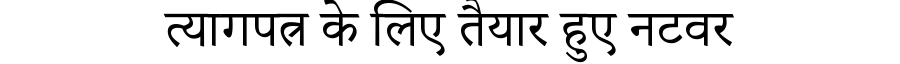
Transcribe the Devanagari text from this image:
त्यागपत्र के लिए तैयार हुए नटवर